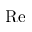
\mathrm { R e }